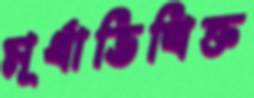
মূর্ধাভিষিক্ত